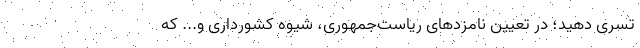
تسری دهید؛ در تعیین نامزد‌های ریاست‌جمهوری، شیوه کشورداری و... که